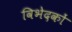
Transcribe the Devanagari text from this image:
विभेदकों